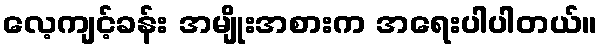
လေ့ကျင့်ခန်း အမျိုးအစားက အရေးပါပါတယ်။